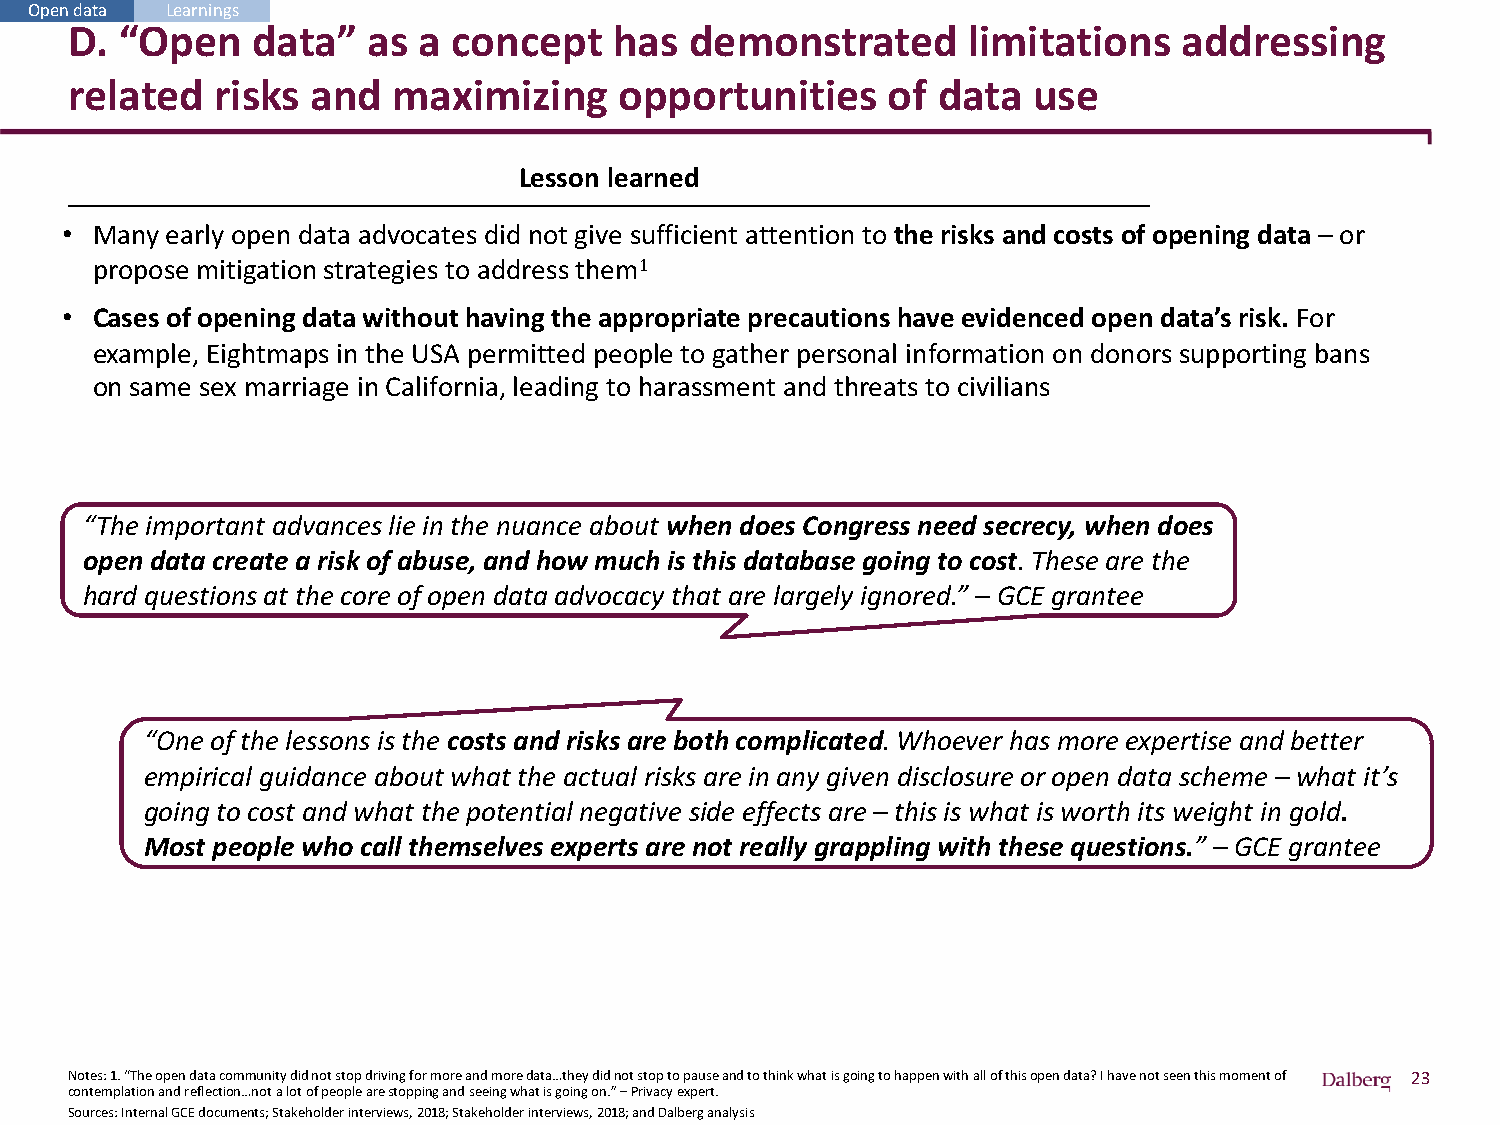
Open data Learnings
 D. “Open    data”  as  a concept    has  demonstrated      limitations   addressing
 related  risks  and  maximizing     opportunities     of data  use
 Lesson learned
 • Many early open data advocates did not give sufficient attention to the risks and costs of opening data – or
 propose mitigation strategies to address them1
 • Cases of opening data without having the appropriate precautions have evidenced open data’s risk. For
 example, Eightmaps in the USA permitted people to gather personal information on donors supporting bans
 on same sex marriage in California, leading to harassment and threats to civilians
 “The important advances lie in the nuance about when does Congress need secrecy, when does
 open data create a risk of abuse, and how much is this database going to cost. These are the
 hard questions at the core of open data advocacy that are largely ignored.” – GCE grantee
 “One of the lessons is the costs and risks are both complicated. Whoever has more expertise and better
 empirical guidance about what the actual risks are in any given disclosure or open data scheme – what it’s
 going to cost and what the potential negative side effects are – this is what is worth its weight in gold.
 Most people who call themselves experts are not really grappling with these questions.” – GCE grantee
 Notes: 1. “The open data community did not stop driving for more and more data…they did not stop to pause and to think what is going to happen with all of this open data? I have not seen this moment of 23
 contemplation and reflection…not a lot of people are stopping and seeing what is going on.” –Privacy expert.
 Sources: Internal GCE documents; Stakeholder interviews, 2018; Stakeholder interviews, 2018; and Dalberg analysis